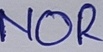
Text: NOR